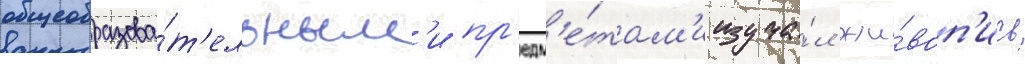
общеобразова́т'ельным'и пр'едм'е́там'и изуча́л жи́воп'ись